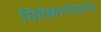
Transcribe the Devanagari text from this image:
विवेकानंदाना